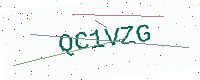
Text: QC1VZG